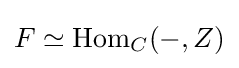
F\simeq \operatorname {Hom} _{C}(-,Z)